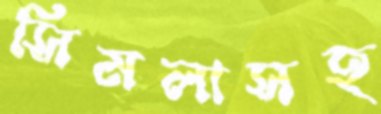
সিমলাসহ